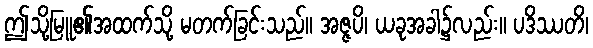
ဤသို့မြူ၏အထက်သို့ မတက်ခြင်းသည်။ အဇ္ဇပိ၊ ယခုအခါ၌လည်း။ ပဒိဿတိ၊